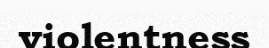
violentness